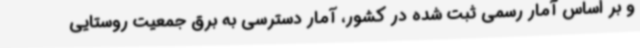
و بر اساس آمار رسمی ثبت شده در کشور، آمار دسترسی به برق جمعیت روستایی